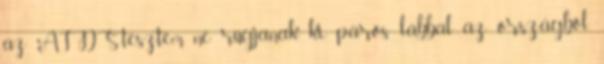
az AIDS-tesztem, ne rúgjanak ki páros lábbal az országból.